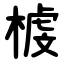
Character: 榩